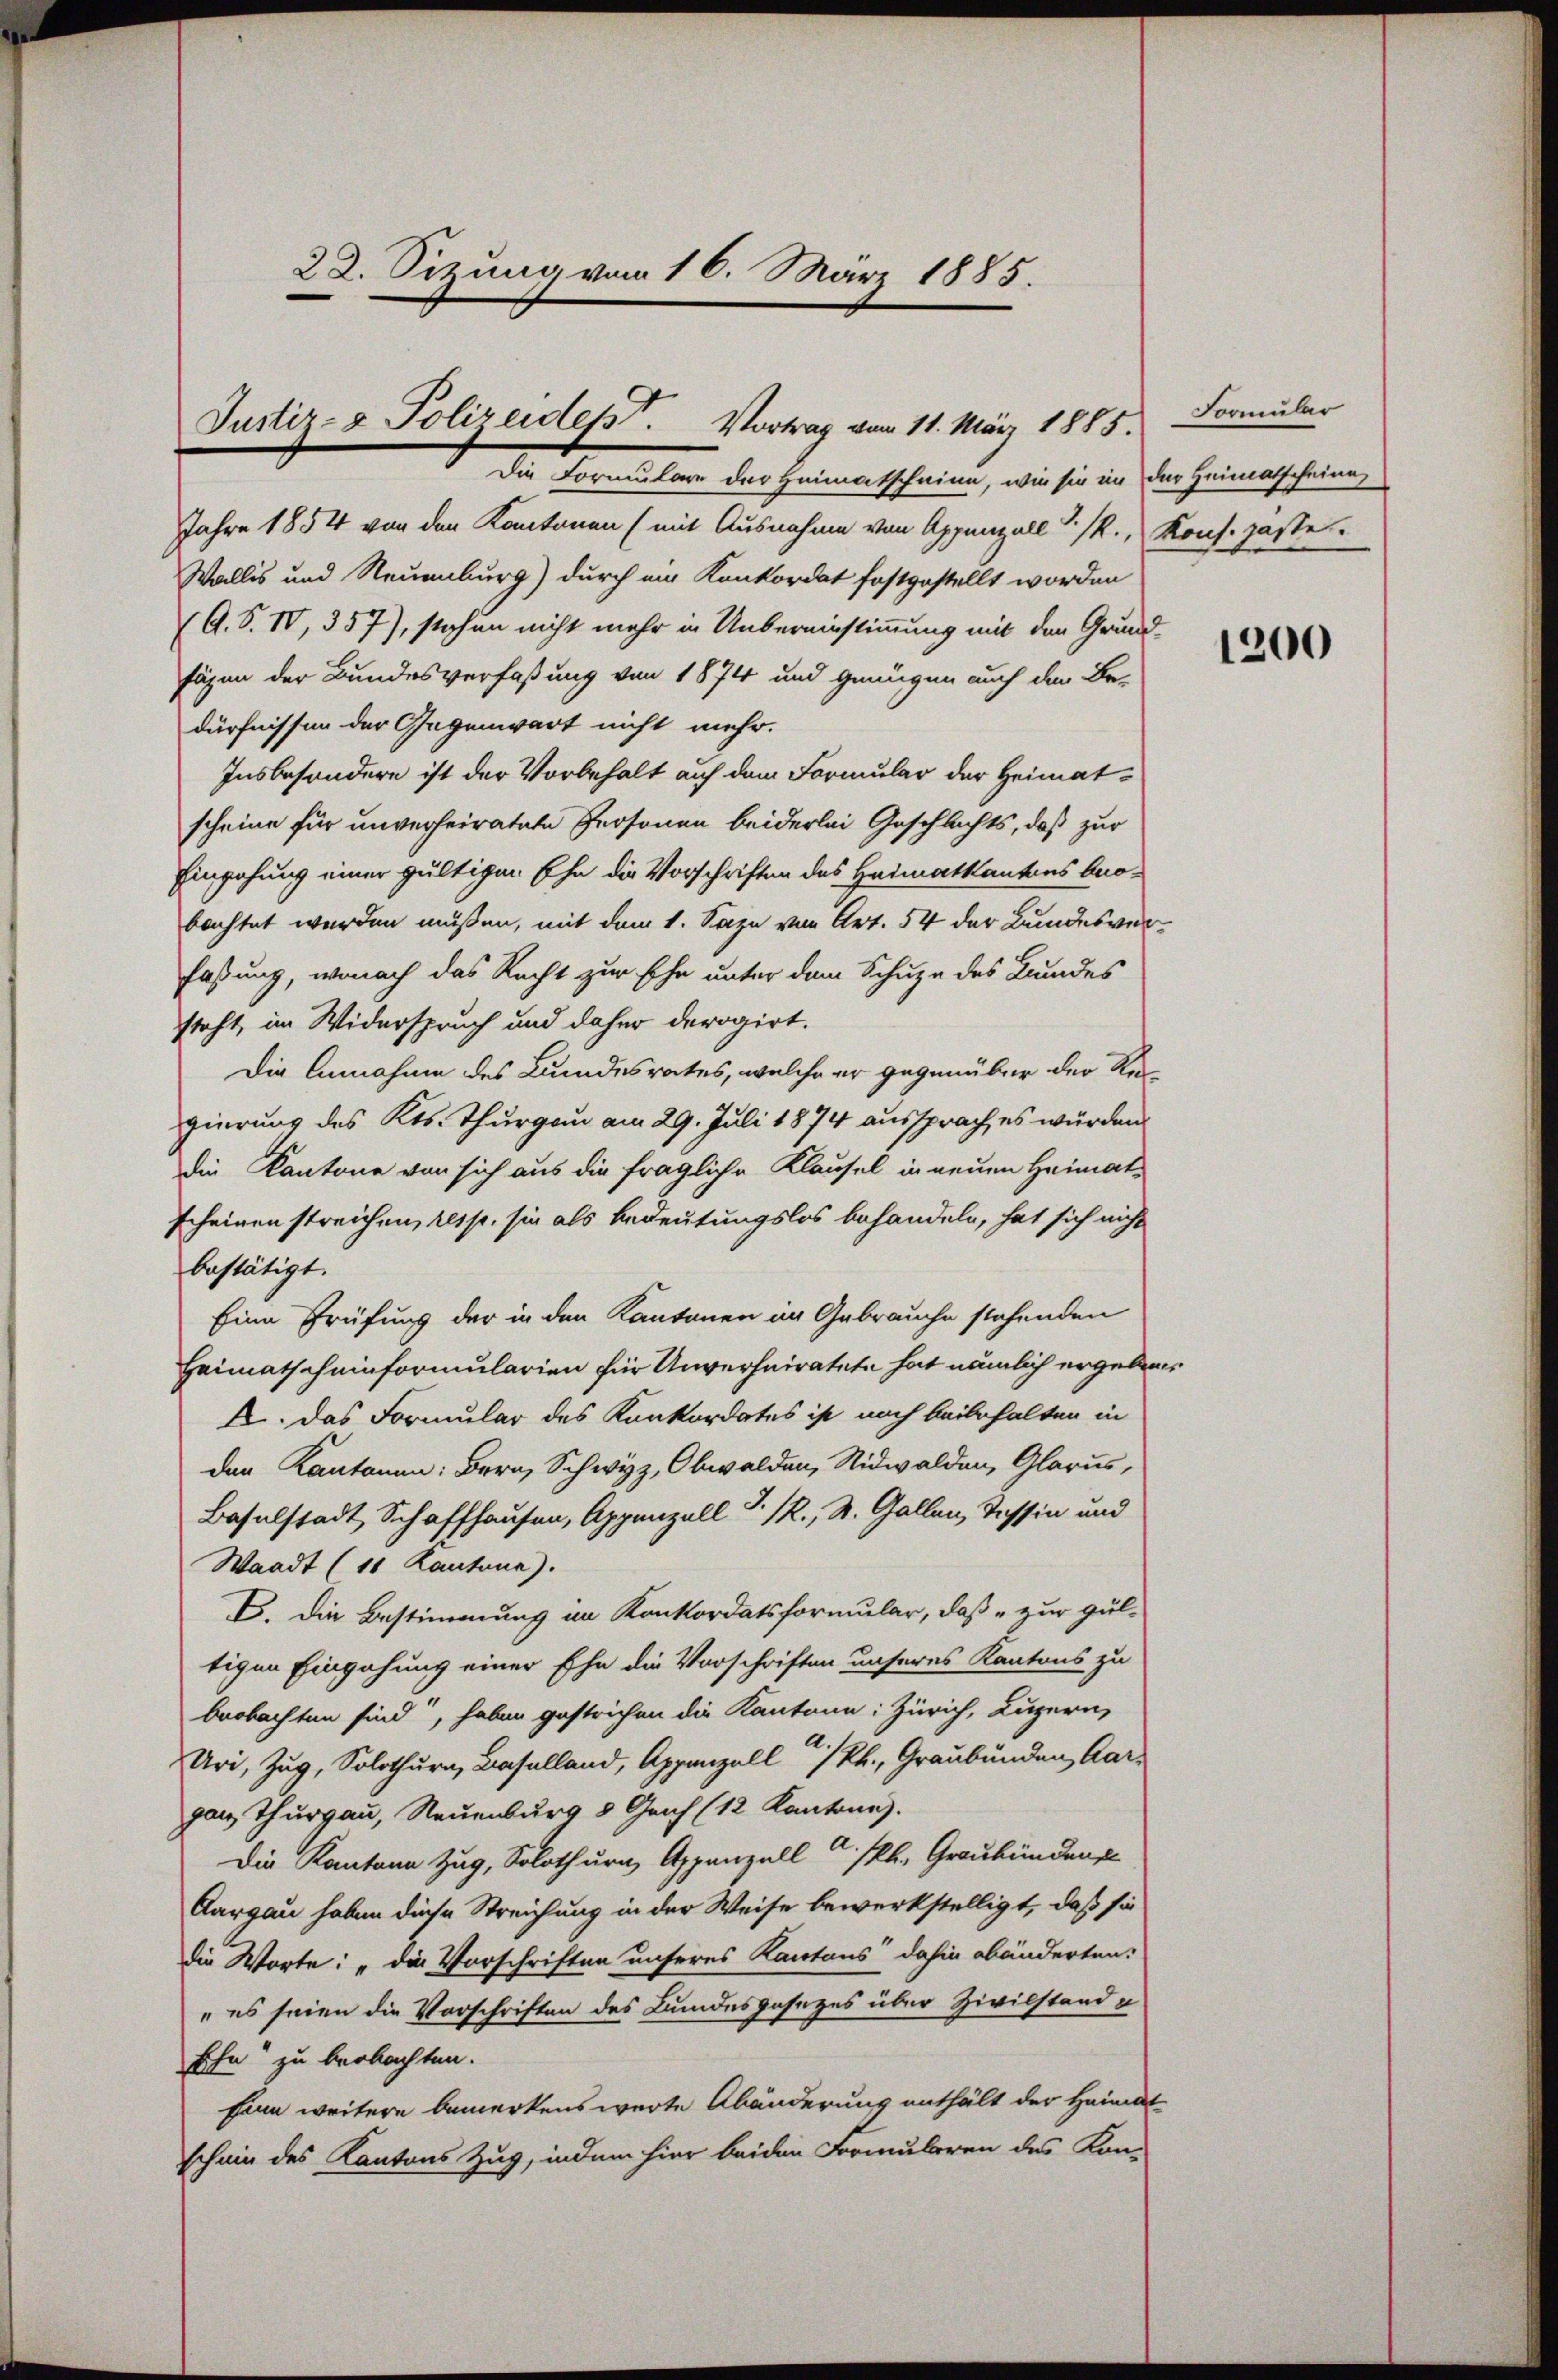
22. Sizung vom 16. März 1885.
Justiz- & Polizeidet. Vortrag vom 11. März 1885. Formuler

Die Formulare der Heimatscheine, wie sie in der Heimatscheine
Jahre 1854 von den Kantonen (mit Ausnahme von Appenzell I/R., Kons. paste
Wallis und Neuenburg) durch ein Konkordat festgestellt worden
(A. S. IV, 357), stehen nicht mehr in Uebereinstimmung mit den Grundtägen der Bundesverfaßung von 1874 und genügen auch der Be-
dürfnissen der Gegenwart nicht mehr.
Insbesondere ist der Vorbehalt auf dem Formular der Heimatscheine für unverheiratete Personen beiderlei Geschlechts, daß zur
Eingehung einer gültigen Ehe die Vorschriften des Heimatkantons beobachtet werden müssen, mit dem 1. Sage von Art. 54 der Bundesverfaßung, wonach das Recht zur Ehe unter dem Schuze des Bundes
steht, im Widerspruch und daher derogirt.
Die Annahme des Bundesrates, welche er gegenüber der Regierung des Kts. Thurgau am 29. Juli 1874 aussprach, es würden.
die Kantone von sich aus die fragliche Klausel in neuen Heimatscheinen streichen, resp. sie als Bedeutungslos behandeln, hat sich nicht
bestätigt.
Eine Prüfung der in den Kantonen im Gebrauche stehenden
Heimatscheinformularien für Unverheiratete hat nämlich ergebene
A. Das Formular des Konkordates ist noch beibehalten in
den Kantonen: Bern, Schwyz, Obwalden, Nidwalden, Glarus,
Baselstadt, Schaffhausen, Appenzell I. R., St. Gallen, Tessin und
Waadt (10 Kantona).
B. Die Bestimmung im Konkordatsformular, daß zur Gul-
tigen Eingehung einer Ehe die Vorschriften unseres Kantons zu
beobachten sind, haben gestrichen die Kantone: Zürich, Luzern,
Uri, Zug, Solothurn, Baselland, Appenzell I/Rh., Graubünden, Aargan Thurgau, Neuenburg 8 Geis (12 Kantone.
Die Kanton Zug, Solothurn, Appenzell A. kk. Graubündens
Aargau haben diese Streichung in der Weise bewerkstelligt, daß sie
die Worte: „Die Vorschriften unseres Kantons dahin abänderten.
„es seien die Vorschriften des Bundesgesezes über Zivilstand a
Ehn“ zu beobachten.
Ein weitere bemerkens werte Abänderung enthält der Heimat-
schein des Kantons Zug, indem hier beiden Formularen des Kon-

1200